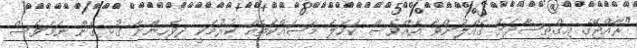
"ރާއްޖޭގެ އިގްތިސާދަށް ގެއްލުންވާ އެއްވެސް ކަހަލަ މަސައްކަތެއް ކުރުމަކީ ދިވެހިންނާ ގުޅިގެން ނަމަވެސް